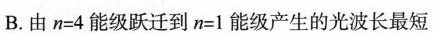
B.由$$n = 4$$能级跃迁到$$n = 1$$能级产生的光波长最短